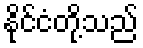
နိုင်ငံတို့သည်